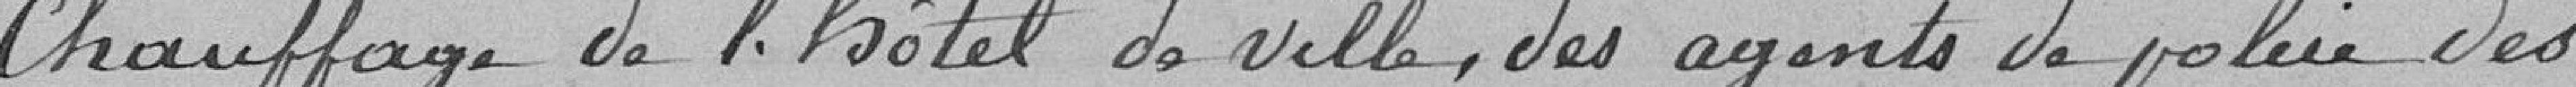
Chauffage de l'hôtel de ville, des agents de police des